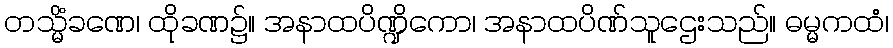
တသ္မိံခဏေ၊ ထိုခဏ၌။ အနာထပိဏ္ဍိကော၊ အနာထပိဏ်သူဌေးသည်။ ဓမ္မကထံ၊